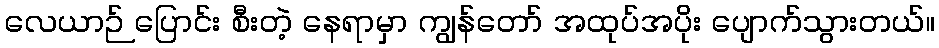
လေယာဉ် ပြောင်း စီးတဲ့ နေရာမှာ ကျွန်တော် အထုပ်အပိုး ပျောက်သွားတယ်။